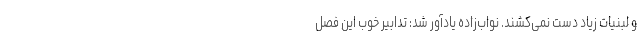
و لبنیات زیاد دست نمی‌کشند. نواب‌زاده یادآور شد: تدابیر خوب این فصل